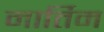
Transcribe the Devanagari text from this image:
मार्तिम